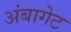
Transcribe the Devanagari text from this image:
अंबागेट